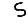
Digit: 5